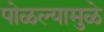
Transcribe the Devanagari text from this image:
पोळल्यामुळे